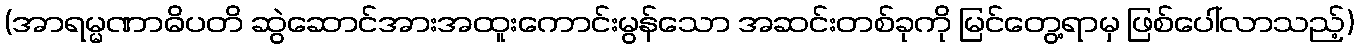
(အာရမ္မဏာဓိပတိ ဆွဲဆောင်အားအထူးကောင်းမွန်သော အဆင်းတစ်ခုကို မြင်တွေ့ရာမှ ဖြစ်ပေါ်လာသည့်)